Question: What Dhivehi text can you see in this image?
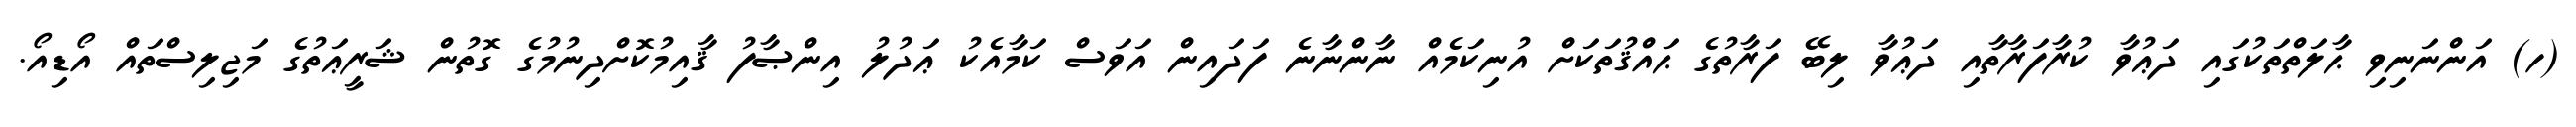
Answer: (ހ) އަންނަނިވި ޙާލަތްތަކުގައި ދަޢުވާ ކުރާފަރާތާއި ދަޢުވާ ލިބޭ ފަރާތުގެ ޙައްޤުތަކަށް އުނިކަމެއް ނާންނާނެ ފަދައިން އަވަސް ކަމާއެކު ޢަދުލު އިންޞާފު ޤާއިމުކޮށްދިނުމުގެ ގޮތުން ޝަރީޢަތުގެ މަޖިލިސްތައް އޯޑިއޯ.